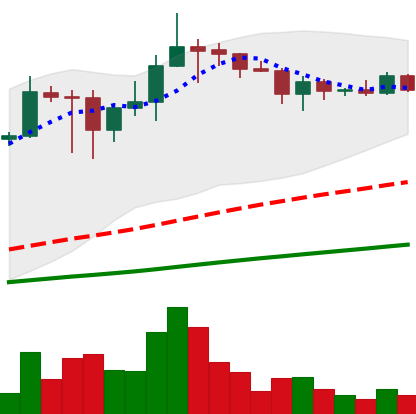
Ticker: ADA-USD
Chart end date: 2021-03-10
Forward return: -8.939%
Label: down_7plus